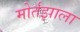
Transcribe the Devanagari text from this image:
मोर्तझाला